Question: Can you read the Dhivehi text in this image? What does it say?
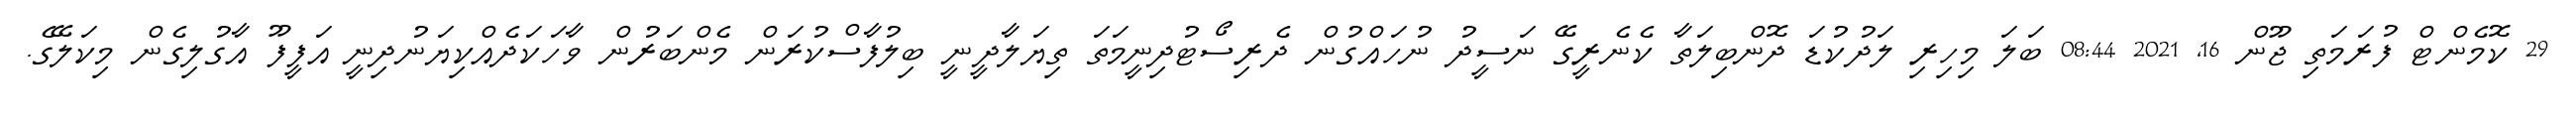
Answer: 29 ކޮމެންޓް ފުރަމަތި ޖޫން 16, 2021 08:44 ބަލަ މިހިރި ލަދުކުޑަ ދޮންބިލަތާ ކެނެރީގޭ ނަސީދު ނުހައްގުން ދެރިސޯޓުދިނީމަތަ ތިޔަލާދީނީ ބިލުފާސްކުރަން މެންބަރުން ވާހަކަދެއްކިޔަނުދިނީ އަފީފޫ އާގުލިގެން މިކަލޭގެ.